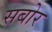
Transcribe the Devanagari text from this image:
सबोर